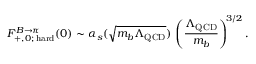
F _ { + , 0 ; \, \mathrm { h a r d } } ^ { B \to \pi } ( 0 ) \sim \alpha _ { s } ( \sqrt { m _ { b } \Lambda _ { \mathrm { Q C D } } } ) \, \left( \frac { \Lambda _ { \mathrm { Q C D } } } { m _ { b } } \right) ^ { \! 3 / 2 } .